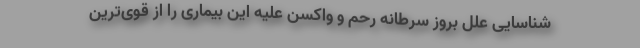
شناسایی علل بروز سرطانه رحم و واکسن علیه این بیماری را از قوی‌ترین